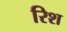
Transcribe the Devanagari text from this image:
रिश